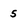
Character: 5